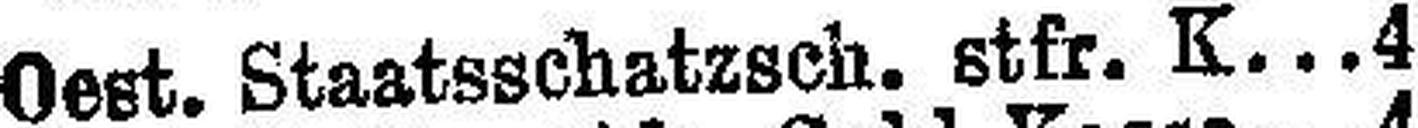
Oest. Staatsschatzsch. stfr. K. 4